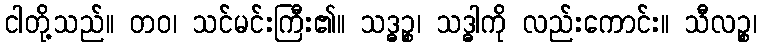
ငါတို့သည်။ တဝ၊ သင်မင်းကြီး၏။ သဒ္ဓဉ္စ၊ သဒ္ဓါကို လည်းကောင်း။ သီလဉ္စ၊